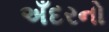
અઁદરનો